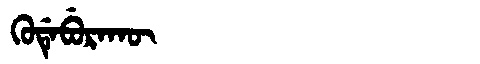
Manchu: ᡴᡠᡩᡝᠪᡠᡵᠠᡴᡡ
Romanization: KUDEBURAKŪ